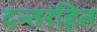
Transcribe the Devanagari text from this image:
दन्तरहित